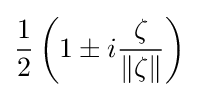
{\frac {1}{2}}\left(1\pm i{\frac {\zeta }{\|\zeta \|}}\right)